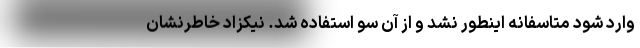
وارد شود متاسفانه اینطور نشد و از آن سو استفاده شد. نیکزاد خاطرنشان